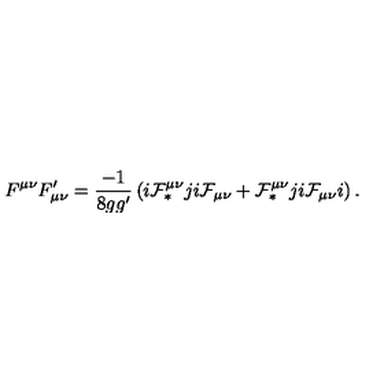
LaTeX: F ^ { \mu \nu } F _ { \mu \nu } ^ { \prime } = \frac { - 1 } { 8 g g ^ { \prime } } \left( i { \cal F } _ { \ast } ^ { \mu \nu } j i { \cal F } _ { \mu \nu } + { \cal F } _ { \ast } ^ { \mu \nu } j i { \cal F } _ { \mu \nu } i \right) .